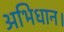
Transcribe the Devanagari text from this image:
अभिधान।